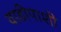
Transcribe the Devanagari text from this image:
वाडीपाशी